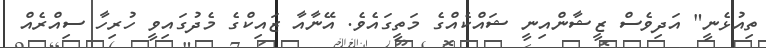
ތިއުޅެނީ" އަދިވެސް ޒީޝާންއިނީ ޝައްކެއްގެ މަތީގައެވެ. އޭނާއާ ޒައިކްގެ މެދުގައިވީ ހުރިހާ ސިއްރެއް